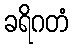
ခရိဂတံ